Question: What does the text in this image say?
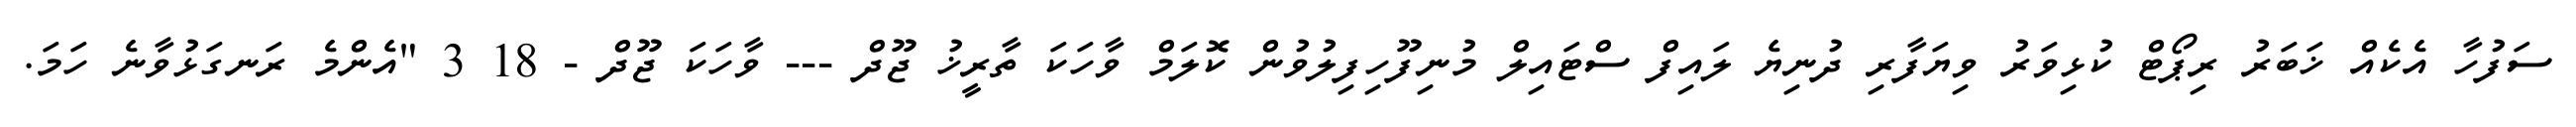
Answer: ސަފުހާ އެކެއް ޚަބަރު ރިޕޯޓް ކުޅިވަރު ވިޔަފާރި ދުނިޔެ ލައިފް ސްޓައިލް މުނިފޫހިފިލުވުން ކޮލަމް ވާހަކަ ތާރީޚު ޖޫދް --- ވާހަކަ ޖޫދް - 18 3 "އެންމެ ރަނގަޅުވާނެ ހަމަ.